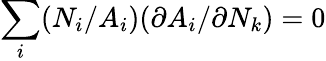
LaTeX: \sum_{i}({N_{i}}/{A_{i}})({\partial A_{i}}/{\partial N_{k}})=0